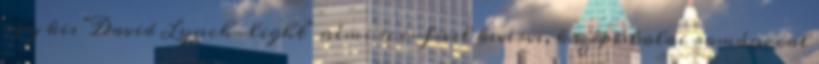
egy kis "David Lynch-light" némi sci-fivel keverve, középiskolai románccal